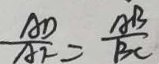
\frac { A D } { A F } = \frac { A B } { B C }